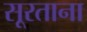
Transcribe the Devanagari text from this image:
सूरताना